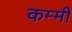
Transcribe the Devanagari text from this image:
कम्मी